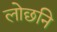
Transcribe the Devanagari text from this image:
लोछनि